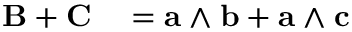
\begin{array} { r l } { \mathbf { B } + \mathbf { C } } & { { } = \mathbf { a } \wedge \mathbf { b } + \mathbf { a } \wedge \mathbf { c } } \end{array}